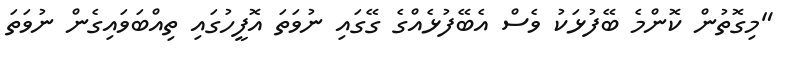
"މިގޮތުން ކޮންމެ ބޭފުޅަކު ވެސް އެބޭފުޅެއްގެ ގޭގައި ނުވަތަ އޮފީހުގައި ތިއްބަވައިގެން ނުވަތަ